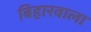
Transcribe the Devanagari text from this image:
बिहारवाला